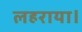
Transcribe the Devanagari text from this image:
लहराया।